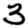
Digit: 3